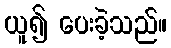
ယူ၍ ပေးခဲ့သည်။